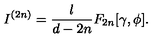
I ^ { ( 2 n ) } = \frac { l } { d - 2 n } F _ { 2 n } [ \gamma , \phi ] .